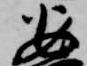
安